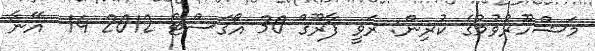
މަޝްހޫރުވުމުގެ ކުރިން: ރަވީ ފާރޫގް 30 އޯގަސްޓް 2012 14  އޭނާ